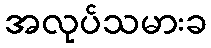
အလုပ်သမားခ